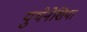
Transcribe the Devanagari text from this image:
युथेनेशिया